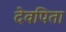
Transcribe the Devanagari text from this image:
देवपिता